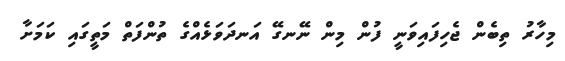
މިހާރު ތިބެން ޖެހިފައިވަނީ ފުން މިން ނޭނގޭ އަނދަވަޅެއްގެ ތުންފަތް މަތީގައި ކަމަށާ